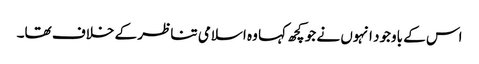
اس کے باوجود انہوں نے جو کچھ کہا وہ اسلامی تناظر کے خلاف تھا۔